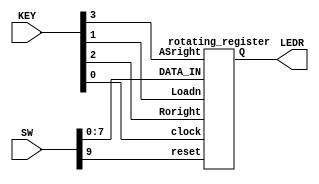
module lab4part4(SW,KEY,LEDR);
input [9:0]SW;
input [3:0]KEY;
output [7:0] LEDR;
rotating_register u0(KEY[0],SW[9],KEY[1],KEY[2],KEY[3],SW[7:0],LEDR[7:0]);

endmodule

module rotating_register(clock,reset,Loadn,Roright,ASright,DATA_IN,Q);
input clock,reset,Loadn,Roright,ASright;
input [7:0]DATA_IN;
output [7:0] Q;
wire [7:0]D;
wire [7:0]outRorL;
wire wforASright;
wire intoShift7;
assign wforASright=Q[7];
	mux asrightmux(wforASright,Q[0],ASright,intoShift7);
	mux shift7(intoShift7,Q[6],Roright,outRorL[7]);
	mux load7(outRorL[7],DATA_IN[7],Loadn,D[7]);
	filp_flop FF7(D[7],Q[7],clock,reset);//No7 subcircuit d
	
	mux shift6(Q[7],Q[5],Roright,outRorL[6]);
	mux load6(outRorL[6],DATA_IN[6],Loadn,D[6]);
	filp_flop FF6(D[6],Q[6],clock,reset);//No6 subcircuit d
	
	mux shift5(Q[6],Q[4],Roright,outRorL[5]);
	mux load5(outRorL[5],DATA_IN[5],Loadn,D[5]);
	filp_flop FF5(D[5],Q[5],clock,reset);//No5 subcircuit
	
	mux shift4(Q[5],Q[3],Roright,outRorL[4]);
	mux load4(outRorL[4],DATA_IN[4],Loadn,D[4]);
	filp_flop FF4(D[4],Q[4],clock,reset);//No4 subcircuit
	
	mux shift3(Q[4],Q[2],Roright,outRorL[3]);
	mux load3(outRorL[3],DATA_IN[3],Loadn,D[3]);
	filp_flop FF3(D[3],Q[3],clock,reset);//No3 subcircuit
	
	mux shift2(Q[3],Q[1],Roright,outRorL[2]);
	mux load2(outRorL[2],DATA_IN[2],Loadn,D[2]);
	filp_flop FF2(D[2],Q[2],clock,reset);//No2 subcircuit
	
	mux shift1(Q[2],Q[0],Roright,outRorL[1]);
	mux load1(outRorL[1],DATA_IN[1],Loadn,D[1]);
	filp_flop FF1(D[1],Q[1],clock,reset);//No1 subcircuit
	
	mux shift0(Q[1],Q[7],Roright,outRorL[0]);
	mux load0(outRorL[0],DATA_IN[0],Loadn,D[0]);
	filp_flop FF0(D[0],Q[0],clock,reset);//No0 subcircuit
	
	
endmodule

module mux(x,y,s,m);
input x,y,s;
output m;
assign m=x&s|~s&y;
endmodule

module filp_flop(d,q,clock,reset);
input d,clock,reset;
output reg q;
always@(posedge clock)
	begin
	if(reset)
		q<=0;
	else
		q<=d;
	end
endmodule